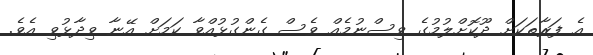
އެ ފަރާތަކަށް ދޫކޮށްލުމުގެ ވިސްނުމެއް ވެސް ގެންގުޅުއްވާ ކަމަށް އޭނާ ވިދާޅުވި އެވެ.